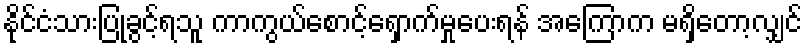
နိုင်ငံသားပြုခွင့်ရသူ ကာကွယ်စောင့်ရှောက်မှုပေးရန် အကြောက မရှိတော့လျှင်